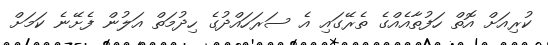
ކުރިއަށް އޮތް ހަފުތާއެއްގެ ތެރޭގައި އެ ސަރަހައްދުގެ ހިދުމަތް އަލުން ފެށޭނެ ކަމަށް